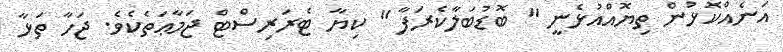
އަނެއްކޮޅުން ތިޔޮއްއުޅެނީ " ބޮޑުބަލާކެރަފާ " ކިޔާ ޓެރަރިސްޓް ޖަމާޢަތެކެވެ. ޖަހާ ތަޅާ